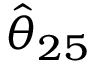
\hat { \theta } _ { 2 5 }